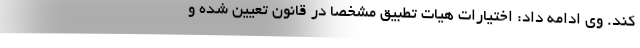
کند. وی ادامه داد: اختیارات هیات تطبیق مشخصا در قانون تعیین شده و